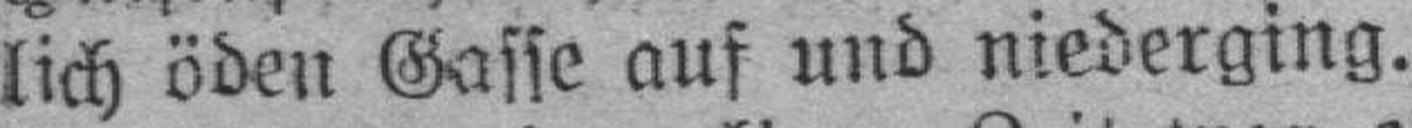
lich öden Gasse auf und niederging.